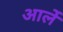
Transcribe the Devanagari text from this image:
आर्ले